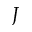
J